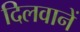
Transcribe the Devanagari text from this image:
दिलवानें